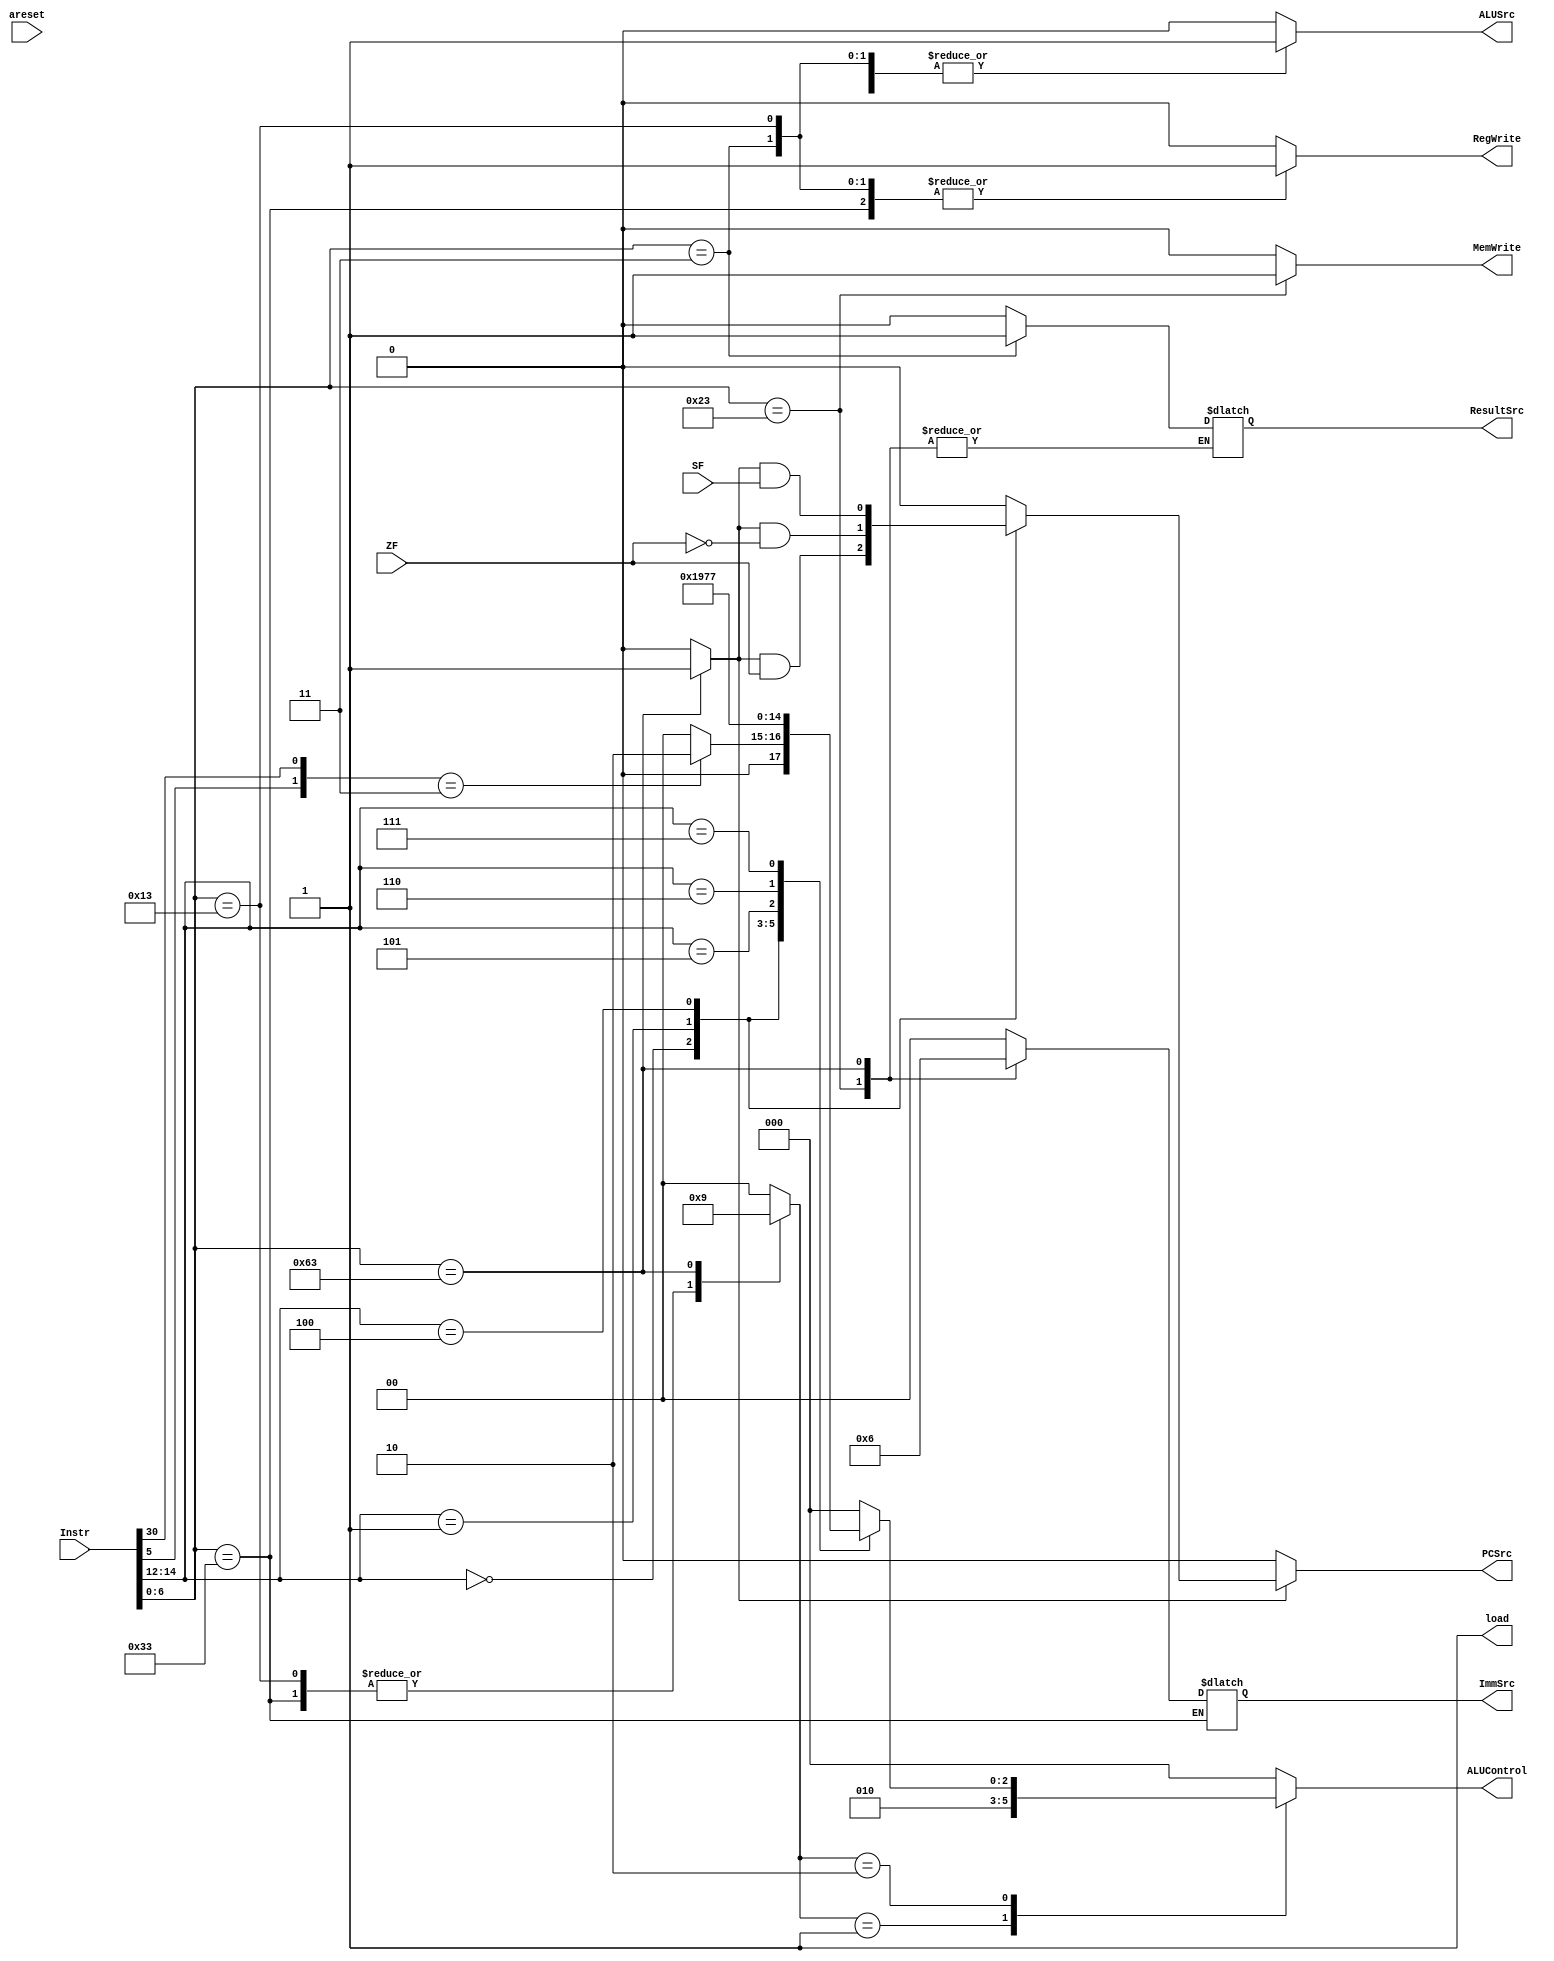
module Control_Unit (
    input ZF,SF,
    input [31:0]Instr,
    output reg PCSrc,
    output load,
input areset,
    output reg ALUSrc,
    output reg [2:0]ALUControl,
    output reg ResultSrc,MemWrite,
    output reg [1:0]ImmSrc,
    output reg RegWrite
);
    /*Instruction Segments*/
    reg [6:0]OpCode;
    reg funct7;
    reg [2:0]funct3;

    /*Intermediate bus between Main decoder and ALU decoder*/
    reg[1:0]ALUOp;

    /*Branch signal that's used to determine the correct address of the next instruction in the PC*/
    reg Branch;
	
/*Connecting each instruction segment to its dedicated bus*/
    always @(*) begin
        OpCode=Instr[6:0];
        funct3=Instr[14:12];
        funct7=Instr[30];
    end

/*The main decoder block*/
    always @(*) begin
        case (OpCode)
        7'b000_0011:begin /*loadWord*/
            RegWrite=1'b1;
            ImmSrc=2'b00;
            ALUSrc=1'b1;
            MemWrite=1'b0;
            ResultSrc=1'b1;
            Branch=1'b0;
            ALUOp=2'b00;
        end 
        7'b010_0011:begin /*storeWord*/
            RegWrite=1'b0;
            ImmSrc=2'b01;
            ALUSrc=1'b1;
            MemWrite=1'b1;
            Branch=1'b0;
            ALUOp=2'b00;
        end
        7'b011_0011:begin /*R-Type*/
            RegWrite=1'b1;
            ALUSrc=1'b0;
            MemWrite=1'b0;
            ResultSrc=1'b0;
            Branch=1'b0;
            ALUOp=2'b10;
        end
        7'b001_0011:begin /*I-Type*/
            RegWrite=1'b1;
            ImmSrc=2'b00;
            ALUSrc=1'b1;
            MemWrite=1'b0;
            ResultSrc=1'b0;
            Branch=1'b0;
            ALUOp=2'b10;
        end
        7'b110_0011:begin /*Branch Instructions*/
            RegWrite=1'b0;
            ImmSrc=2'b10;
            ALUSrc=1'b0;
            MemWrite=1'b0;
            Branch=1'b1;
            ALUOp=2'b01;
        end
            default: begin
            RegWrite=1'b0;
            ImmSrc=2'b00;
            ALUSrc=1'b0;
            MemWrite=1'b0;
            ResultSrc=1'b0;
            Branch=1'b0;
            ALUOp=2'b00;
            end
        endcase
    end

    always @(*) begin
        case (ALUOp)
        2'b00:begin
          ALUControl=3'b000;
        end 
        2'b01:begin
            ALUControl=3'b010;
        end
        2'b10:begin
            case (funct3)
            3'b000:begin
                if({OpCode[5],funct7}==2'b11)
                /*Subtract*/
                    ALUControl=3'b010;
                else
                /*ADD*/
                    ALUControl=3'b000;
            end 
            3'b001:begin/*Shift Left SHL*/
                ALUControl=3'b001;
            end
            3'b100:begin/*XOR*/
                ALUControl=3'b100;
            end
            3'b101:begin/*Shift right SHR*/
                ALUControl=3'b101;
            end
            3'b110:begin/*OR*/
                ALUControl=3'b110;
            end
            3'b111:begin/*AND*/
                ALUControl=3'b111;
            end
                default: begin
                    ALUControl=3'b000;
                end
            endcase
        end
            default: begin
                ALUControl=3'b000;
            end
        endcase
    end

    /*PCSrc generation*/
    always @(*) begin

        if(Branch==1'b1)
        begin
            case (funct3)
            3'b000:begin /*Beq*/
                PCSrc=Branch & ZF;
            end 
            3'b001:begin /*Bnq*/
                PCSrc=Branch & ~(ZF);
            end
            3'b100:begin /*Blt, branch if less than*/
                PCSrc= Branch & SF;
            end
                default: begin
                    PCSrc=1'b0;
                end
            endcase
        end
        else
        begin
            PCSrc=1'b0;
        end
    end
    
    /*load always high*/
    assign load=1'b1;
    
endmodule